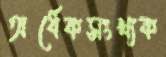
অর্ধেকসংখ্যক